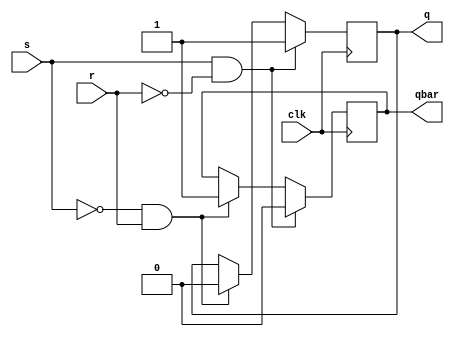
module sr_flip_flop (
    input wire clk,
    input wire s,
    input wire r,
    output reg q,
    output reg qbar
);

always @(posedge clk) begin
    if (s && !r) begin
        q <= 1'b1;
        qbar <= 1'b0;
    end else if (!s && r) begin
        q <= 1'b0;
        qbar <= 1'b1;
    end else if (s && r) begin
        q <= q;
        qbar <= qbar;
    end else begin
        q <= q;
        qbar <= qbar;
    end
end

endmodule